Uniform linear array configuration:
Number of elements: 4
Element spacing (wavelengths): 1
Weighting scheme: cosine
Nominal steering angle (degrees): -45
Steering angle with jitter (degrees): -46.937
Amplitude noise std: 0.05
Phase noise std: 0.05

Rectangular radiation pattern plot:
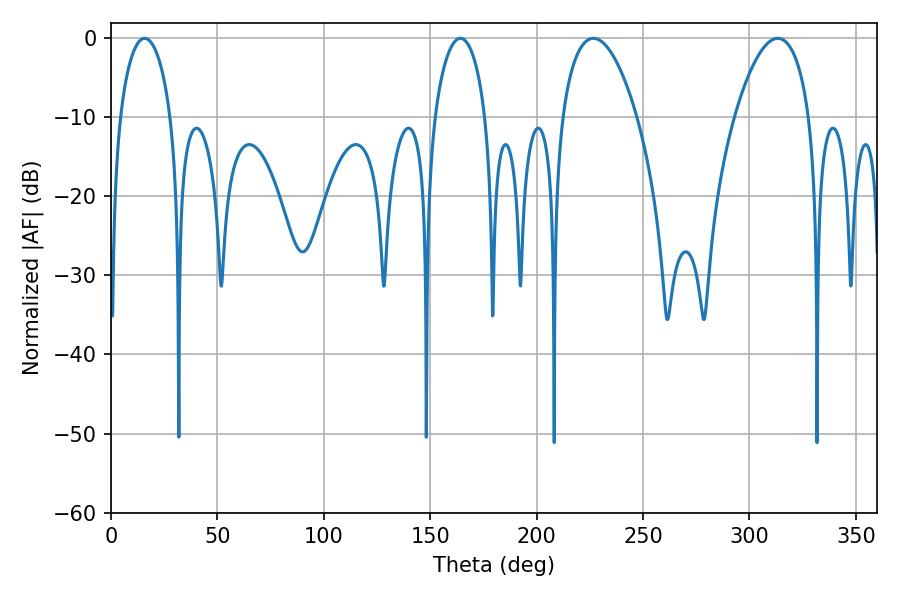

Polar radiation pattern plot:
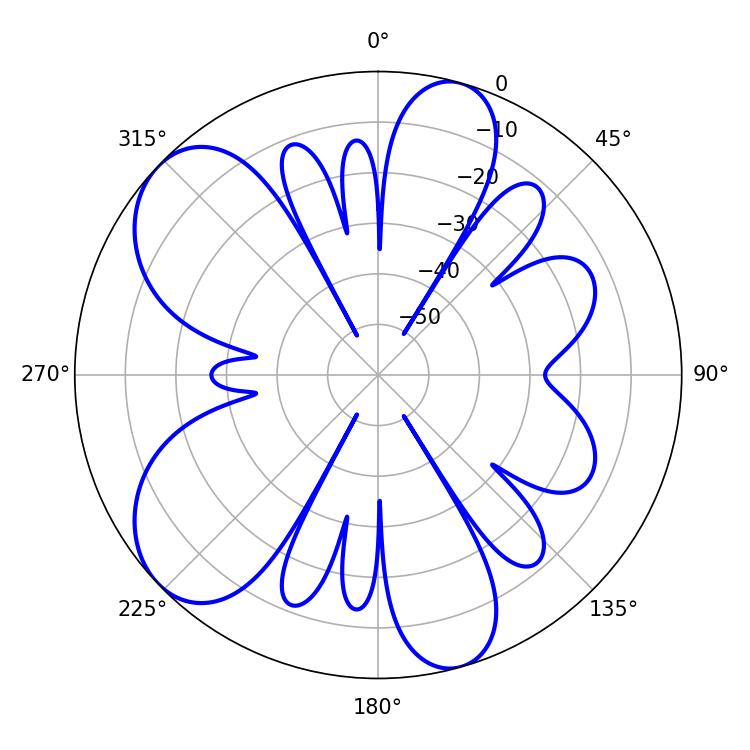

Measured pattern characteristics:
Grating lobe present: TRUE
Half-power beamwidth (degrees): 13.68
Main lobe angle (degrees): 15.84